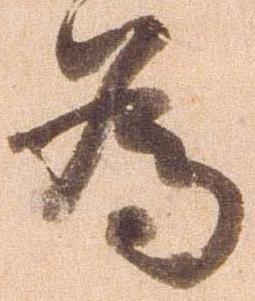
為